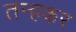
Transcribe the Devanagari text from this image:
तन्हकर